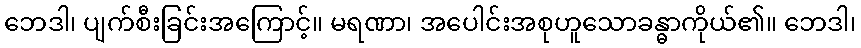
ဘေဒါ၊ ပျက်စီးခြင်းအကြောင့်။ မရဏာ၊ အပေါင်းအစုဟူသောခန္ဓာကိုယ်၏။ ဘေဒါ၊